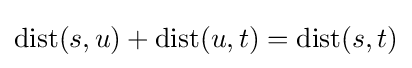
\mathrm {dist} (s,u)+\mathrm {dist} (u,t)=\mathrm {dist} (s,t)